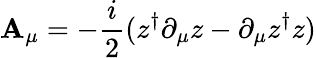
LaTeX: \mathbf{A}_{\mu}=-{\frac{{i}}{{2}}}(z^{\dagger}\partial_{\mu}z-\partial_{\mu}z^{\dagger}z)